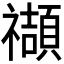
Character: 𥜝